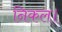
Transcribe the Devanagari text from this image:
निकल।